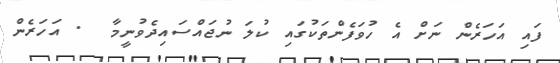
ފައި އަހަރެން ނަށް އެ ހުވަފެންތަކުގައި ކުލަ ނުޖައްސައިދެވުނީމާ  . އަހަރެން